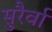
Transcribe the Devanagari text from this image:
सुरैर्वा